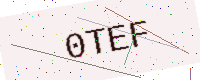
Text: 0TEF